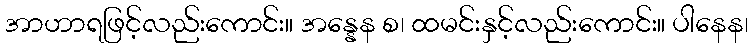
အာဟာရဖြင့်လည်းကောင်း။ အန္နေန စ၊ ထမင်းနှင့်လည်းကောင်း။ ပါနေန၊